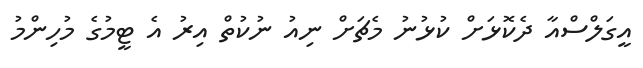
އީގަލްސްއާ ދެކޮޅަށް ކުޅުނު މެޗަށް ނިއު ނުކުތް އިރު އެ ޓީމުގެ މުހިންމު